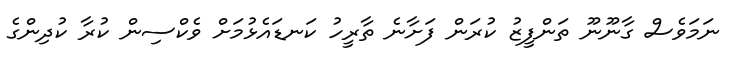
ނަމަވެސް ގާނޫނޫ ތަންފީޒު ކުރަން ފަށާނެ ތާރީހު ކަނޑައެޅުމަށް ވެކްސިން ކުރާ ކުދިންގެ